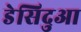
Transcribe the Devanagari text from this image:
डेसिदुआ